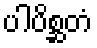
ပါပိစ္ဆတံ